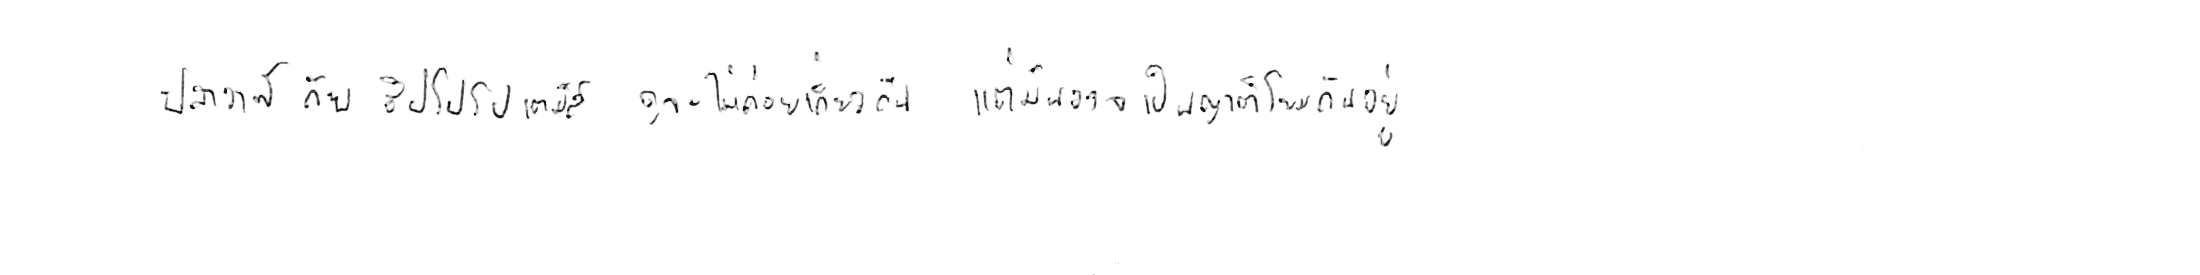
ปลาวาฬ กับ ฮิปโปโปเตมัส ดูจะไม่ค่อยเกี่ยวกัน แต่มันอาจเป็นญาติโยมกันอยู่